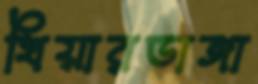
খিয়ারডাঙ্গা